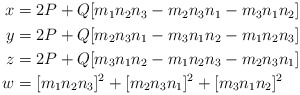
\begin{align*}\begin{aligned}x& = 2P + Q [ m_1 n_2 n_3 - m_2 n_3 n_1 - m_3 n_1 n_2 ] \\y& = 2P + Q [ m_2 n_3 n_1 - m_3 n_1 n_2 - m_1 n_2 n_3 ] \\z& = 2P + Q [ m_3 n_1 n_2 - m_1 n_2 n_3 - m_2 n_3 n_1 ] \\w& = [m_1 n_2 n_3]^2 + [m_2 n_3 n_1]^2 + [m_3 n_1 n_2]^2 \\\end{aligned}\end{align*}